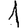
Digit: 1